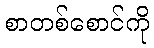
စာတစ်စောင်ကို